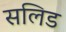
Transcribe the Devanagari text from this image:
सलिड